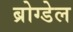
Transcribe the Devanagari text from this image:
ब्रोग्डेल